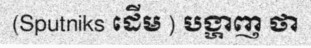
(Sputniks ដើម ) បង្ហាញ ថា